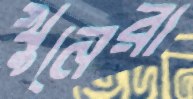
খুনেরা